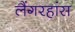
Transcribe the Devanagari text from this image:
लैंगरहांस